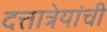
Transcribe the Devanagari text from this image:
दत्तात्रेयांची